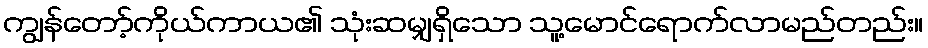
ကျွန်တော့်ကိုယ်ကာယ၏ သုံးဆမျှရှိသော သူ့မောင်ရောက်လာမည်တည်း။